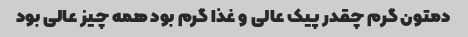
دمتون گرم چقدر پیک عالی و غذا گرم بود همه چیز عالی بود